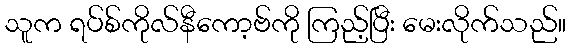
သူက ရပ်စ်ကိုလ်နီကော့ဗ်ကို ကြည့်ပြီး မေးလိုက်သည်။